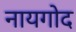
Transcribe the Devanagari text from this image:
नायगोद